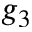
g _ { 3 }